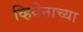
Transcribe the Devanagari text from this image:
व्हियेनाच्या